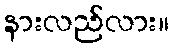
နားလည်လား။